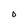
Character: 0